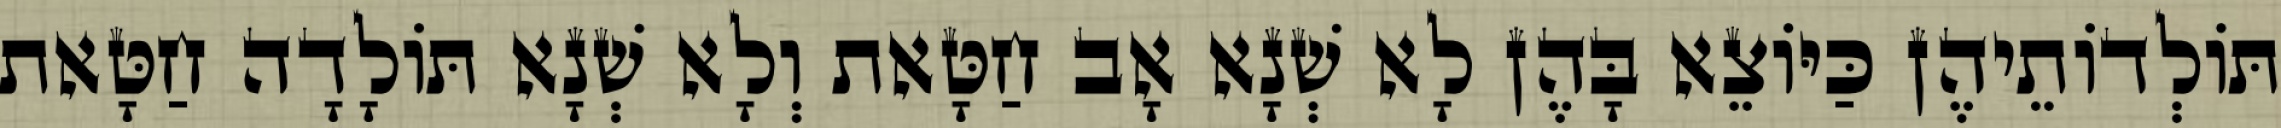
תּוֹלְדוֹתֵיהֶן כַּיּוֹצֵא בָּהֶן לָא שְׁנָא אָב חַטָּאת וְלָא שְׁנָא תּוֹלָדָה חַטָּאת